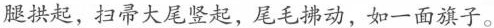
腿拱起，扫帚大尾竖起，尾毛拂动，如一面旗子。